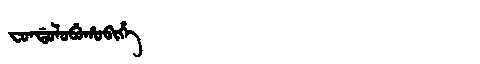
Manchu: ᠸᠣᠨᡩᠣᠯᠣᠪᡠᡥᠣᠪᡳᡥᡝ
Romanization: FONDOLOBUHOBIHE